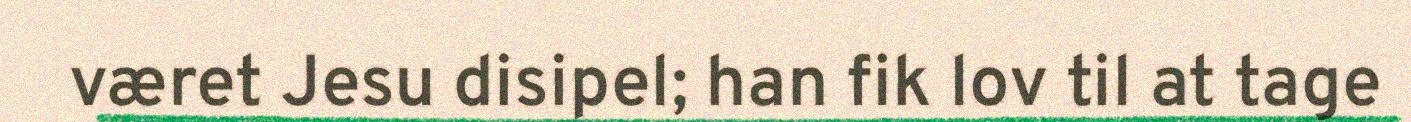
været Jesu disipel; han fik lov til at tage